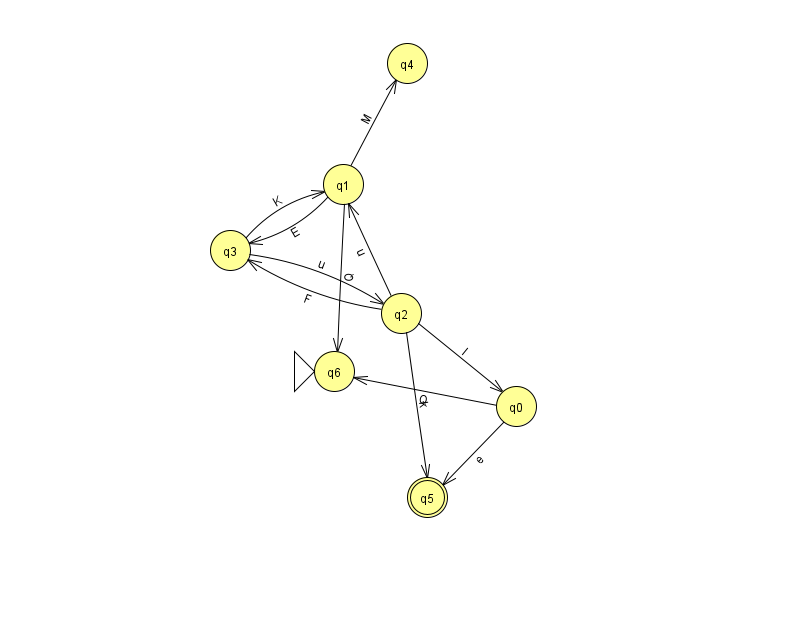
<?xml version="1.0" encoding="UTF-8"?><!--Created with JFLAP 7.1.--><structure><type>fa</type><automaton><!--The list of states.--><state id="0" name="q0"><x>516.0</x><y>393.0</y></state><state id="1" name="q1"><x>343.0</x><y>171.0</y></state><state id="2" name="q2"><x>401.0</x><y>300.0</y></state><state id="3" name="q3"><x>230.0</x><y>237.0</y></state><state id="4" name="q4"><x>407.0</x><y>50.0</y></state><state id="5" name="q5"><x>427.0</x><y>484.0</y><final/></state><state id="6" name="q6"><x>334.0</x><y>358.0</y><initial/></state><!--The list of transitions.--><transition><from>2</from><to>3</to><read>F</read></transition><transition><from>2</from><to>5</to><read>k</read></transition><transition><from>3</from><to>2</to><read>u</read></transition><transition><from>3</from><to>1</to><read>K</read></transition><transition><from>1</from><to>6</to><read>Q</read></transition><transition><from>1</from><to>4</to><read>M</read></transition><transition><from>2</from><to>0</to><read>I</read></transition><transition><from>1</from><to>3</to><read>E</read></transition><transition><from>0</from><to>6</to><read>Q</read></transition><transition><from>2</from><to>1</to><read>u</read></transition><transition><from>0</from><to>5</to><read>e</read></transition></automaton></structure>